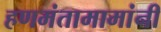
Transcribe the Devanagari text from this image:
हणमंतामामांनी